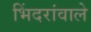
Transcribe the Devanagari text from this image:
भिंदरांवाले